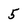
Character: 5